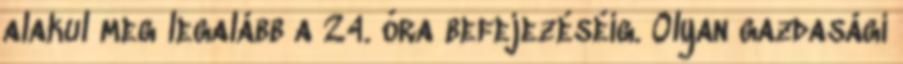
alakul meg legalább a 24. óra befejezéséig. Olyan gazdasági